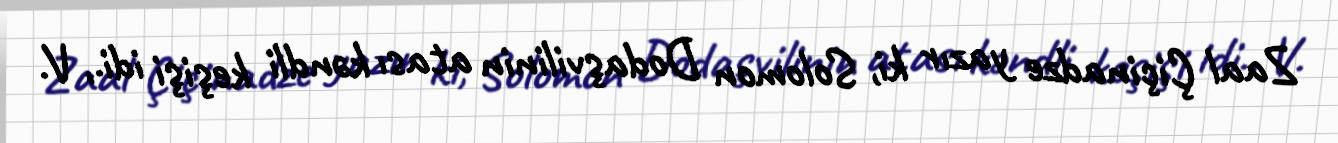
Zaal Çiçinadze yazır ki, Solomon Dodaşvilinin atası kəndli keşişi idi., V.